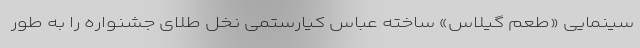
سینمایی «طعم گیلاس» ساخته عباس کیارستمی نخل طلای جشنواره را به طور